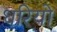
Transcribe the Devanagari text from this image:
धरियो